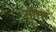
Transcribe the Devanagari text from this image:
सोसूर